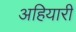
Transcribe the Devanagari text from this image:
अहियारी